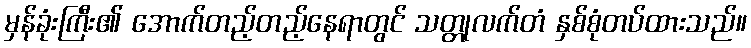
မှန်ခုံးကြီး၏ အောက်တည့်တည့်နေရာတွင် သတ္တုလက်တံ နှစ်စုံတပ်ထားသည်။